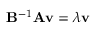
\mathbf { B } ^ { - 1 } \mathbf { A } \mathbf { v } = \lambda \mathbf { v }